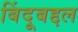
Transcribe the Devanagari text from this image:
बिंदूबद्दल